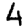
Digit: 4